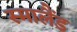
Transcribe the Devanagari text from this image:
स्मालैंड